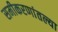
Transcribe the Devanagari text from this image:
समीकरणांतल्या